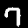
Digit: 7